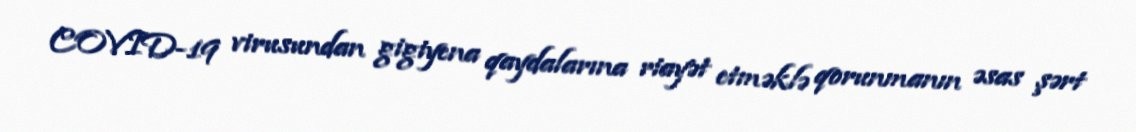
COVID-19 virusundan gigiyena qaydalarına riayət etməklə qorunmanın əsas şərt